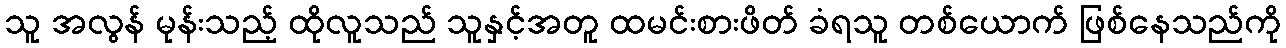
သူ အလွန် မုန်းသည့် ထိုလူသည် သူနှင့်အတူ ထမင်းစားဖိတ် ခံရသူ တစ်ယောက် ဖြစ်နေသည်ကို